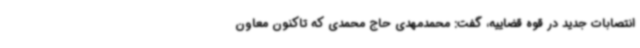
انتصابات جدید در قوه قضاییه، گفت: محمدمهدی حاج محمدی که تاکنون معاون